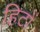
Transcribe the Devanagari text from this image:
हिटों